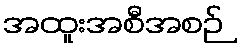
အထူးအစီအစဉ်